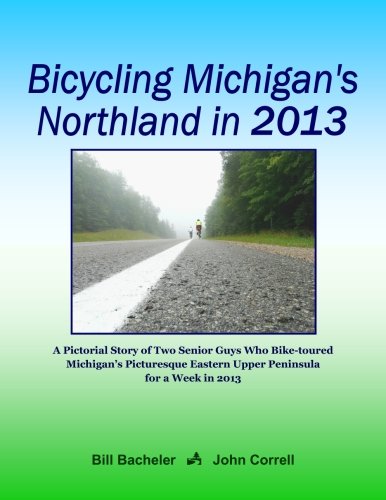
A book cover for Bicycling Michigan's Northland in 2013: A Pictorial Story of Two Senior Guys Who Bike-toured Michigan's Picturesque Eastern Upper Peninsula for a Week in 2013; John Correll; Travel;